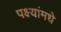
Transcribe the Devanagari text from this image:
पक्ष्यांमधे